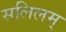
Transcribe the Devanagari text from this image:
सलिलम्